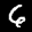
Label: 6